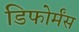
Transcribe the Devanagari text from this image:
डिफोर्मंस